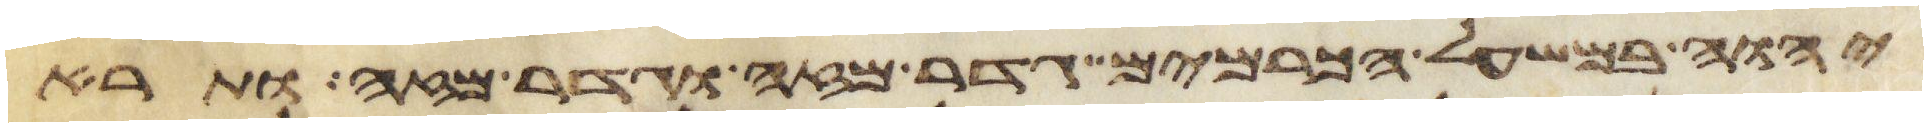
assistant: יהוה במשעל הכרמים גדר מזה וגדר מזה ותרא